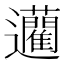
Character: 𨙟